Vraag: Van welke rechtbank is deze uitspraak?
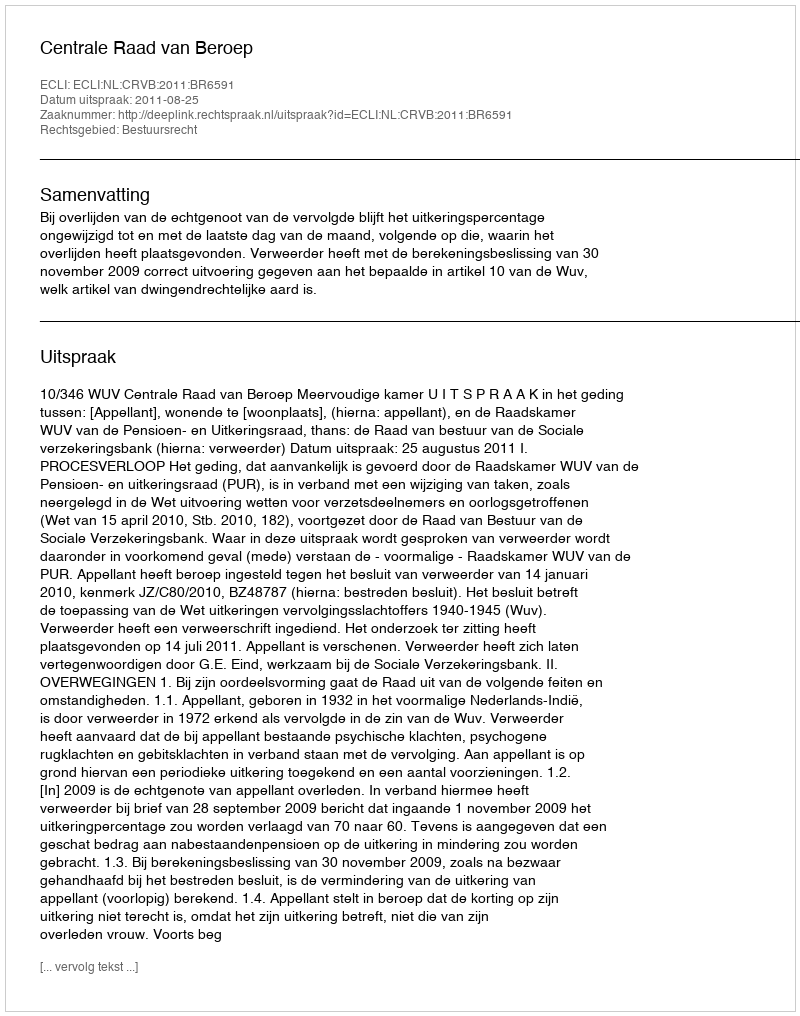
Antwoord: Centrale Raad van Beroep